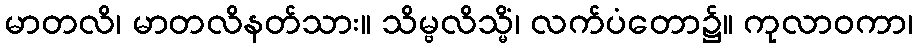
မာတလိ၊ မာတလိနတ်သား။ သိမ္ဗလိသ္မိံ၊ လက်ပံတော၌။ ကုလာဝကာ၊